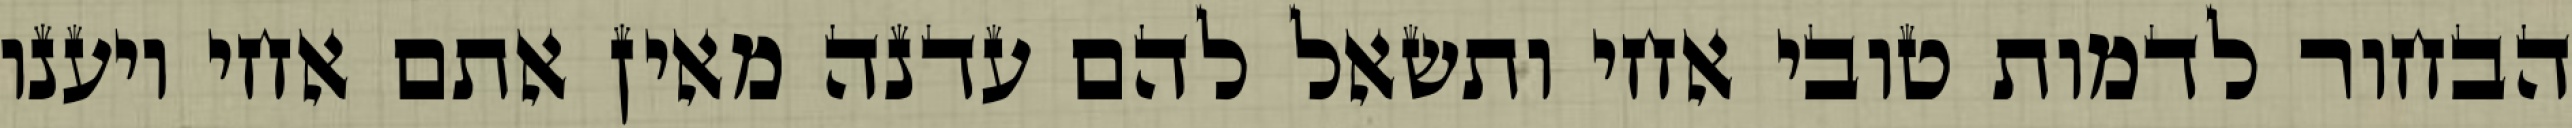
הבחור לדמות טובי אחי ותשאל להם עדנה מאין אתם אחי ויענו